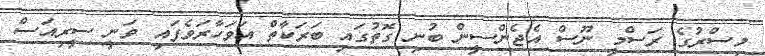
މިސްރުގެ ރަސްމީ ނޫސް އެޖެންސީން ބުނި ގޮތުގައި ބަރަކާތް އަވަހާރަވެފައި ވަނީ ސީރިއަސް